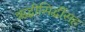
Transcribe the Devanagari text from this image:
ऋद्धीसिद्धींसह